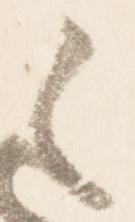
之